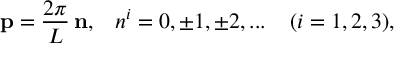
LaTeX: { \bf p } = \frac { 2 \pi } { L } \, { \bf n } , \; \; \; n ^ { i } = 0 , \pm 1 , \pm 2 , . . . \; \; \; \; ( i = 1 , 2 , 3 ) ,